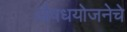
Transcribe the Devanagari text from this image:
औषधयोजनेचे